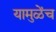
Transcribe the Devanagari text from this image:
यामुळेंच